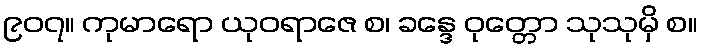
၉၀၇။ ကုမာရော ယုဝရာဇေ စ၊ ခန္ဒေ ဝုတ္တော သုသုမှိ စ။